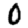
Digit: 0